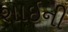
શાઇની